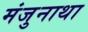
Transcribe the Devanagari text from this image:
मंजुनाथा